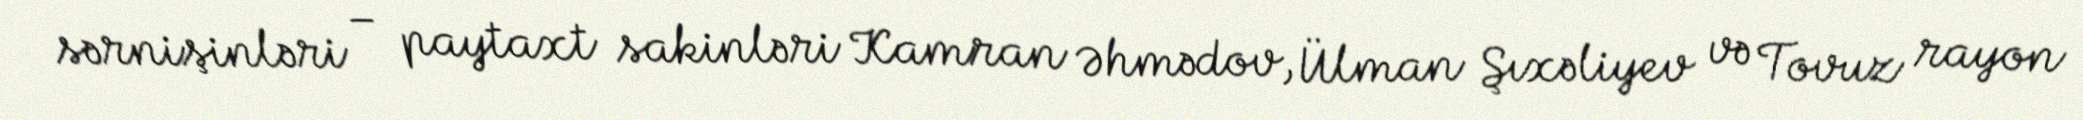
sərnişinləri – paytaxt sakinləri Kamran Əhmədov, Ülman Şıxəliyev və Tovuz rayon